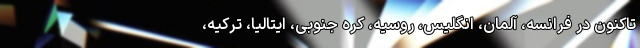
تاکنون در فرانسه، آلمان، انگلیس، روسیه، کره جنوبی، ایتالیا، ترکیه،